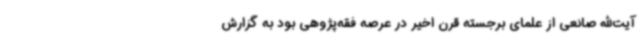
آیت‌الله صانعی از علمای برجسته قرن اخیر در عرصه فقه‌پژوهی بود به گزارش